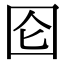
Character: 囵